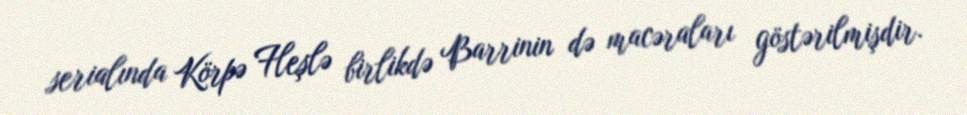
serialında Körpə Fleşlə birlikdə Barrinin də macəraları göstərilmişdir.